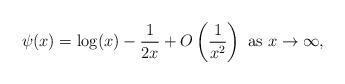
LaTeX: \begin{align*} \displaystyle \psi(x) = {\rm log}(x) - \frac{1}{2x} + O\left( \frac{1}{x^2} \right) \ {\rm as} \ x \to \infty,\end{align*}